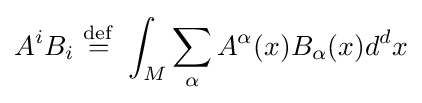
A^{i}B_{i}\ {\stackrel {\mathrm {def} }{=}}\ \int _{M}\sum _{\alpha }A^{\alpha }(x)B_{\alpha }(x)d^{d}x